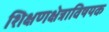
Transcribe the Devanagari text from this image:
शिक्षणक्षेत्राविषयक